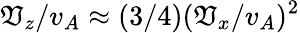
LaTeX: \mathfrak{V}_{z}/v_{A}\approx(3/4)(\mathfrak{V}_{x}/v_{A})^{2}